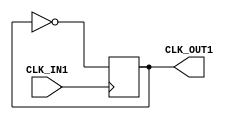
module CPUclk(
	input CLK_IN1,
	output reg CLK_OUT1);
	
	always @(posedge CLK_IN1) begin
		CLK_OUT1 =~CLK_OUT1;
	end
	
	initial begin
		CLK_OUT1 = 1;
	end
endmodule